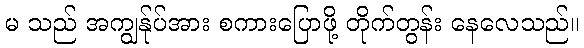
မ သည် အကျွန်ုပ်အား စကားပြောဖို့ တိုက်တွန်း နေလေသည်။